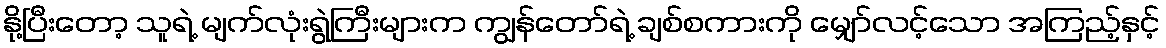
နို့ပြီးတော့ သူရဲ့ မျက်လုံးရွဲကြီးများက ကျွန်တော်ရဲ့ ချစ်စကားကို မျှော်လင့်သော အကြည့်နှင့်